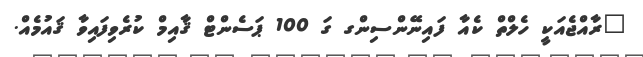
"ރާއްޖެއަކީ ހެލްތް ކެއާ ފައިނޭންސިންގ ގަ 100 ޕަސެންޓް ޤާއިމް ކުރެވިފައިވާ ޤައުމެއް.